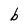
Character: b